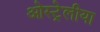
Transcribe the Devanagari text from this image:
ओस्ट्रेलीया